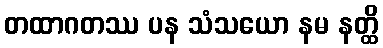
တထာဂတဿ ပန သံသယော နမ နတ္ထိ